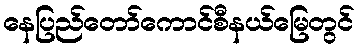
နေပြည်တော်ကောင်စီနယ်မြေတွင်